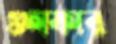
গুলফার